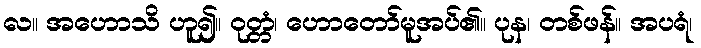
လ။ အဟောသိ ဟူ၍။ ဝုတ္တံ၊ ဟောတော်မူအပ်၏။ ပုန၊ တစ်ဖန်။ အပရံ၊